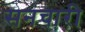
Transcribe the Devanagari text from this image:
सनचारी